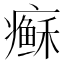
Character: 𱱩